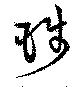
琖